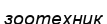
зоотехник